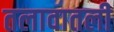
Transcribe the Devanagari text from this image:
तलावातली